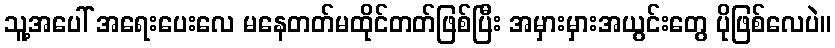
သူ့အပေါ် အရေးပေးလေ မနေတတ်မထိုင်တတ်ဖြစ်ပြီး အမှားမှားအယွင်းတွေ ပိုဖြစ်လေပဲ။